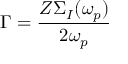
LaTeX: \Gamma = \frac { Z \Sigma _ { I } ( \omega _ { p } ) } { 2 \omega _ { p } }